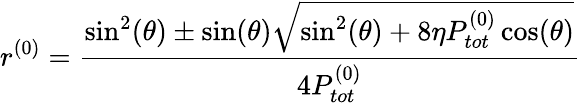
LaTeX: r^{(0)}=\frac{\sin^{2}(\theta)\pm\sin(\theta)\sqrt{\sin^{2}(\theta)+8\eta P_{tot}^{(0)}\cos(\theta)}}{4P_{tot}^{(0)}}